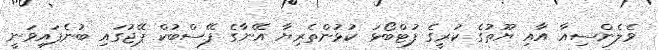
ވެލެންސިއާ އާއި ޔޫތުގެ ކުރީގެ ފުޓްބޯޅަ ކުޅުންތެރިޔާ އޭނާގެ ފޭސްބުކް ޕޭޖުގައި ބުނެފައިވަނީ